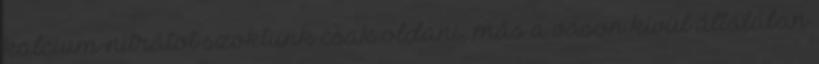
kalcium-nitrátot szoktunk csak oldani, más a vason kívül általában